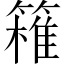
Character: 𥴛